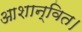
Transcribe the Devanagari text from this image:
आशान्वित।